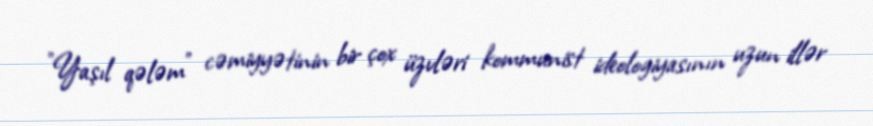
"Yaşıl qələm" cəmiyyətinin bir çox üzvləri kommunist ideologiyasının uzun illər